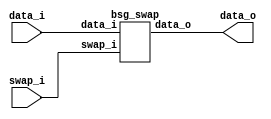
// This program was cloned from: https://github.com/chipsalliance/UHDM-integration-tests
// License: Apache License 2.0



module top
(
  data_i,
  swap_i,
  data_o
);

  input [31:0] data_i;
  output [31:0] data_o;
  input swap_i;

  bsg_swap
  wrapper
  (
    .data_i(data_i),
    .data_o(data_o),
    .swap_i(swap_i)
  );


endmodule



module bsg_swap
(
  data_i,
  swap_i,
  data_o
);

  input [31:0] data_i;
  output [31:0] data_o;
  input swap_i;
  wire [31:0] data_o;
  wire N0,N1,N2;
  assign data_o = (N0)? { data_i[15:0], data_i[31:16] } : 
                  (N1)? data_i : 1'b0;
  assign N0 = swap_i;
  assign N1 = N2;
  assign N2 = ~swap_i;

endmodule